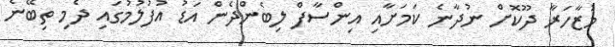
މުޒާހަރާ ދޫކޮށް ނުދާނެ ކަމަށާއި އިންސާފް ލިބެންދެން އަޑު އުފުލުމުގައި ދެމި ތިބޭނެ